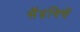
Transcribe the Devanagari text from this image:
सैंडविचें